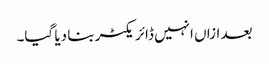
بعد ازاں انہیں ڈائر یکٹر بنا دیا گیا۔